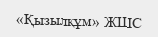
«Қызылқұм» ЖШС